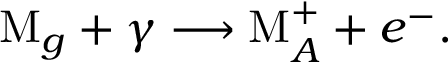
\mathrm { M } _ { g } + \gamma \longrightarrow \mathrm { M } _ { A } ^ { + } + e ^ { - } .